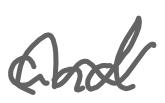
Text: and
Cross-out: wave
Writing tool: digital_gray